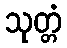
သုတ္တံ